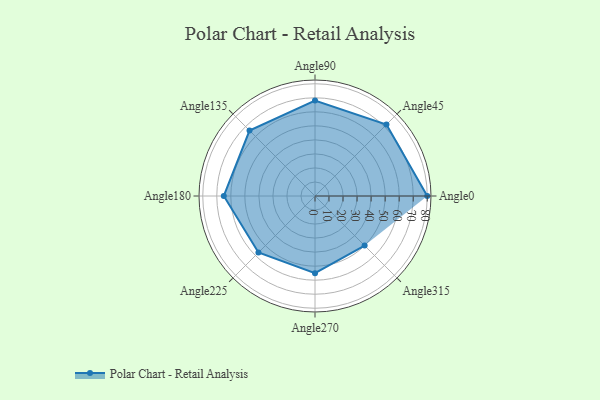
{"axis": {"x": "Angle", "y": "Radius"}, "legend": [""], "data": [{"x": "Angle0", "y": 80.0, "type": ""}, {"x": "Angle45", "y": 72.0, "type": ""}, {"x": "Angle90", "y": 68.0, "type": ""}, {"x": "Angle135", "y": 66.0, "type": ""}, {"x": "Angle180", "y": 65.0, "type": ""}, {"x": "Angle225", "y": 57.0, "type": ""}, {"x": "Angle270", "y": 55.0, "type": ""}, {"x": "Angle315", "y": 50, "type": ""}]}